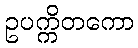
ဥပက္ကိတကော